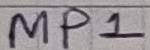
Text: MP1